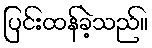
ပြင်းထန်ခဲ့သည်။